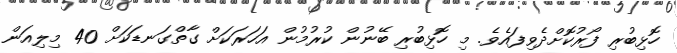
ހޮޅިބުރި ފޯރުކޮށްދެވިފައެވެ. މި ހޮޅިބުރި ބޭނުން ކުރުމުން އަހަރަކަށް ގާތްގަނޑަކަށް 40 މިލިއަން